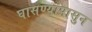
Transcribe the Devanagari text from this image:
घासण्यापासुन